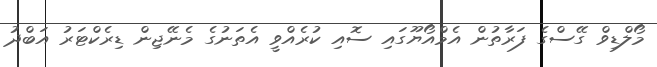
މޯލްޑިވް ގޭސްގެ ފަރާތުން އެމްއޯޔޫގައި ސޮއި ކުރެއްވީ އެތަނުގެ މެނޭޖިން ޑިރެކްޓަރު އަބްދު